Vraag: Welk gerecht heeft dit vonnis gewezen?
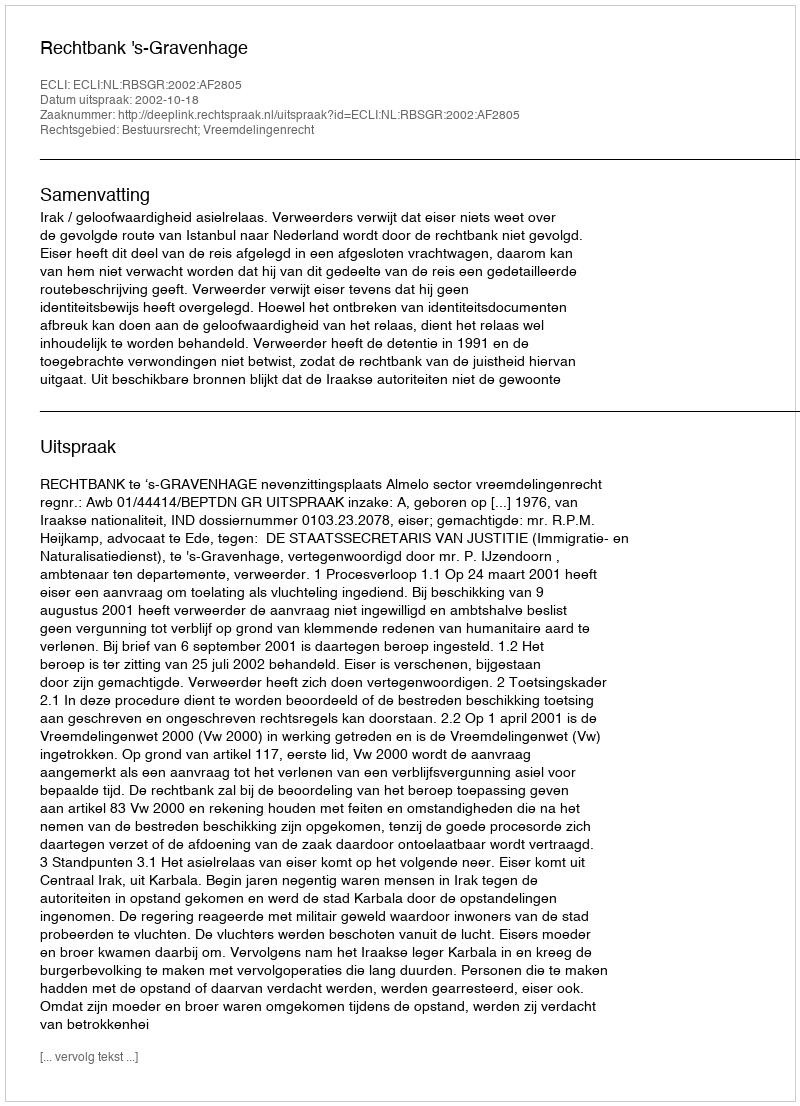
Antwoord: Rechtbank 's-Gravenhage